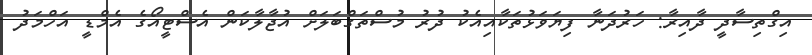
އިގްތިސާދީ ދާއިރާ: ހަރުދަނާ ފިޔަވަޅުތަކާއިއެކު ދުރު މުސްތަގްބަލަށް އުޖާލާކަން އެސްޓީއޯގެ އެމްޑީ އަހްމަދު